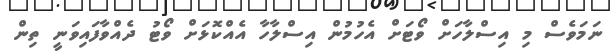
ނަމަވެސް މި އިސްލާހަށް ވޯޓަށް އެހުމުން އިސްލާހާ އެއްކޮޅަށް ވޯޓު ދެއްވާފައިވަނީ ތިން